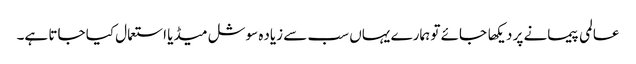
عالمی پیمانے پر دیکها جائے تو ہمارے یہاں سب سے زیاده سوشل میڈیا استعمال کیا جاتا ہے۔